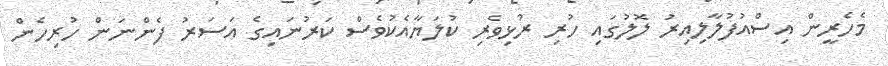
މެހެރީން އިސްއުފުލާލިއިރު ލޮލުގައި ހުރި ރުޅިވެރި ކުލަޔާއެކުވެސް ކަރުނައިގެ އަސަރު ފެންނަން ހުރިހެން